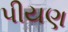
પીયણ